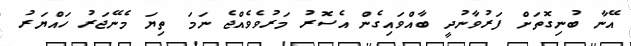
އޭނާ ބުނިގޮތަށް ފަރުވާނުދީ ބާއްވައިގެން އެސޮރު މަރުވެވެއްޖެ ނަމަ ތިޔަ މެނޭޖަރު ހައްޔަރު